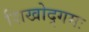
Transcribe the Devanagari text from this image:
शिखोद्गमः